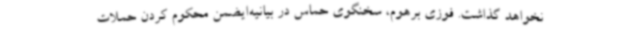
نخواهد گذاشت. فوزی برهوم، سخنگوی حماس در بیانیه‌ایضمن محکوم کردن حملات